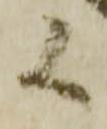
候